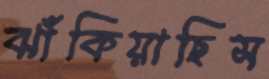
ঝাঁকিয়াছিস